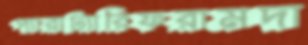
প্যারাট্যারিফরামদা